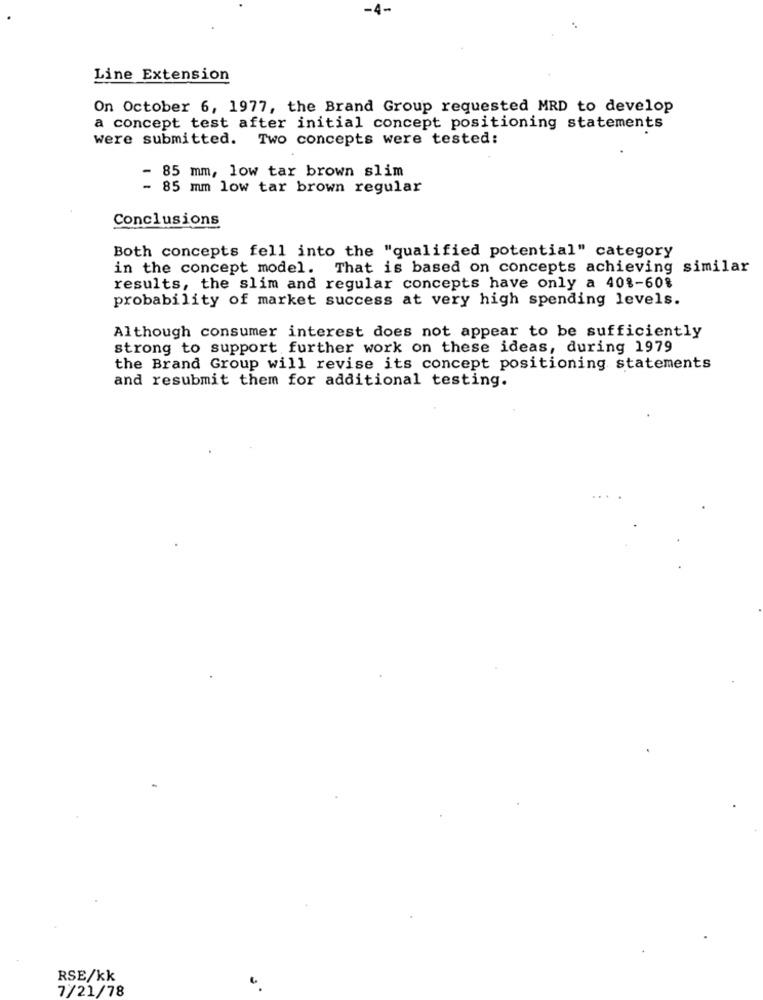
-4-
Line Extension
On October 6, 1977, the Brand Group requested MRD to develop
a concept test after initial concept positioning statements
were submitted. Two concepts were tested:
- 85 mm, low tar brown slim
- 85 mm low tar brown regular
Conclusions
Both concepts fell into the "qualified potential" category
in the concept model. That is based on concepts achieving similar
results, the slim and regular concepts have only a 40%-60%
probability of market success at very high spending levels.
Although consumer interest does not appear to be sufficiently
strong to support further work on these ideas, during 1979
the Brand Group will revise its concept positioning statements
and resubmit them for additional testing.
RSE/kk
7/21/78